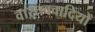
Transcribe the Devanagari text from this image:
वास्तववादियों